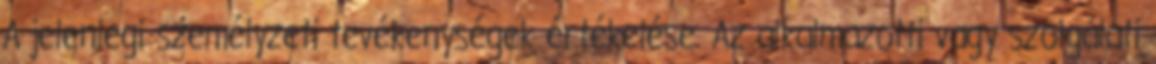
A jelenlegi személyzeti tevékenységek értékelése. Az alkalmazotti vagy szolgálati